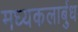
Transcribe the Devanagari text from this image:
मध्यकलार्बुध